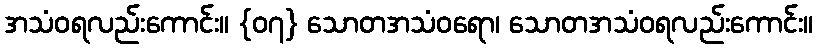
အသံဝရလည်းကောင်း။ {၀၇} သောတအသံဝရော၊ သောတအသံဝရလည်းကောင်း။